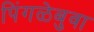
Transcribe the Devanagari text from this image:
पिंगळेबुवा